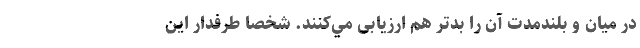
در ميان و بلندمدت آن را بدتر هم ارزیابی مي‌کنند. شخصاً طرفدار اين